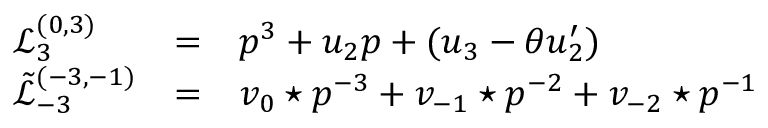
\begin{array} { l c l } { { { \mathcal L } _ { 3 } ^ { ( 0 , 3 ) } } } & { { = } } & { { p ^ { 3 } + u _ { 2 } p + ( u _ { 3 } - \theta u _ { 2 } ^ { \prime } ) } } \\ { { { \tilde { \mathcal L } } _ { - 3 } ^ { ( - 3 , - 1 ) } } } & { { = } } & { { { v _ { 0 } \star p } ^ { - 3 } + v _ { - 1 } \star p ^ { - 2 } + v _ { - 2 } \star p ^ { - 1 } } } \end{array}